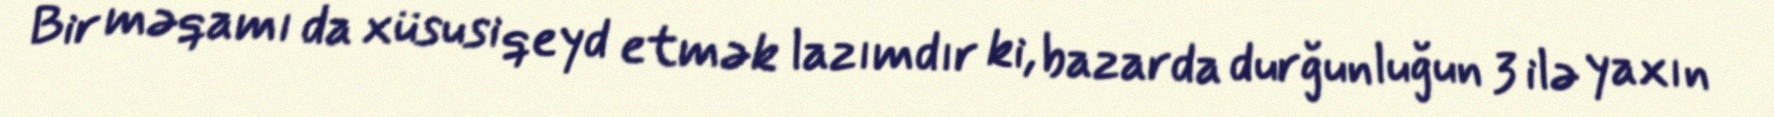
Bir məqamı da xüsusi qeyd etmək lazımdır ki, bazarda durğunluğun 3 ilə yaxın